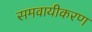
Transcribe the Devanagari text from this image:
समवायीकरण